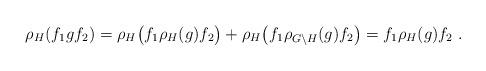
LaTeX: \begin{align*}\rho_H(f_1 g f_2) = \rho_H \big(f_1 \rho_H(g) f_2 \big) + \rho_H \big(f_1 \rho_{G \setminus H}(g) f_2 \big) = f_1 \rho_H(g) f_2 \; . \end{align*}